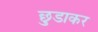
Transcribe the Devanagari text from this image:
छुडाकर